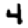
Digit: 4